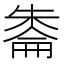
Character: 𪳔